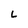
Character: L